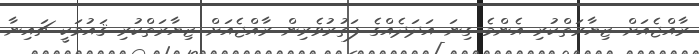
ރާއްޖެއަށް ޒިޔާރަތްކުރި އެންމެ ގިނަ އަދަދެއްގެ ފަތުރުވެރިން ރާއްޖެއަށް ޒިޔާރަތްކުރި ޤައުމަކީ ޗައިނާ